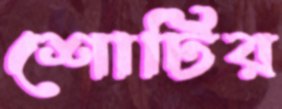
শোটির